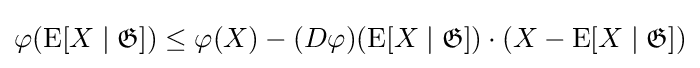
\varphi (\operatorname {E} [X\mid {\mathfrak {G}}])\leq \varphi (X)-(D\varphi )(\operatorname {E} [X\mid {\mathfrak {G}}])\cdot (X-\operatorname {E} [X\mid {\mathfrak {G}}])